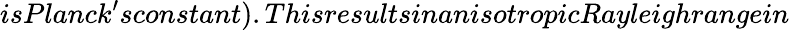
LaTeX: isPlanck^{\prime}sconstant).ThisresultsinanisotropicRayleighrangein